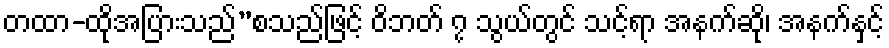
တထာ-ထိုအပြားသည်”စသည်ဖြင့် ဝိဘတ် ၇ သွယ်တွင် သင့်ရာ အနက်ဆို၊ အနက်နှင့်